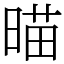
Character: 𣈴